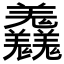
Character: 𦏱